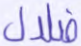
ضلال